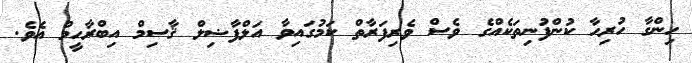
ހިންގާ ހުރިހާ ކުންފުނިތަކެއްގެ ވެސް ވެރިފަރާތް ކަމުގައިވާ އަލްފާޟިލް ޤާސިމް އިބްރާހީމް އެވެ.